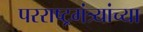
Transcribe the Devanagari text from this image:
परराष्ट्रमंत्र्यांच्या